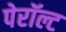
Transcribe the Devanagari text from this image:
पेरॉल्ट